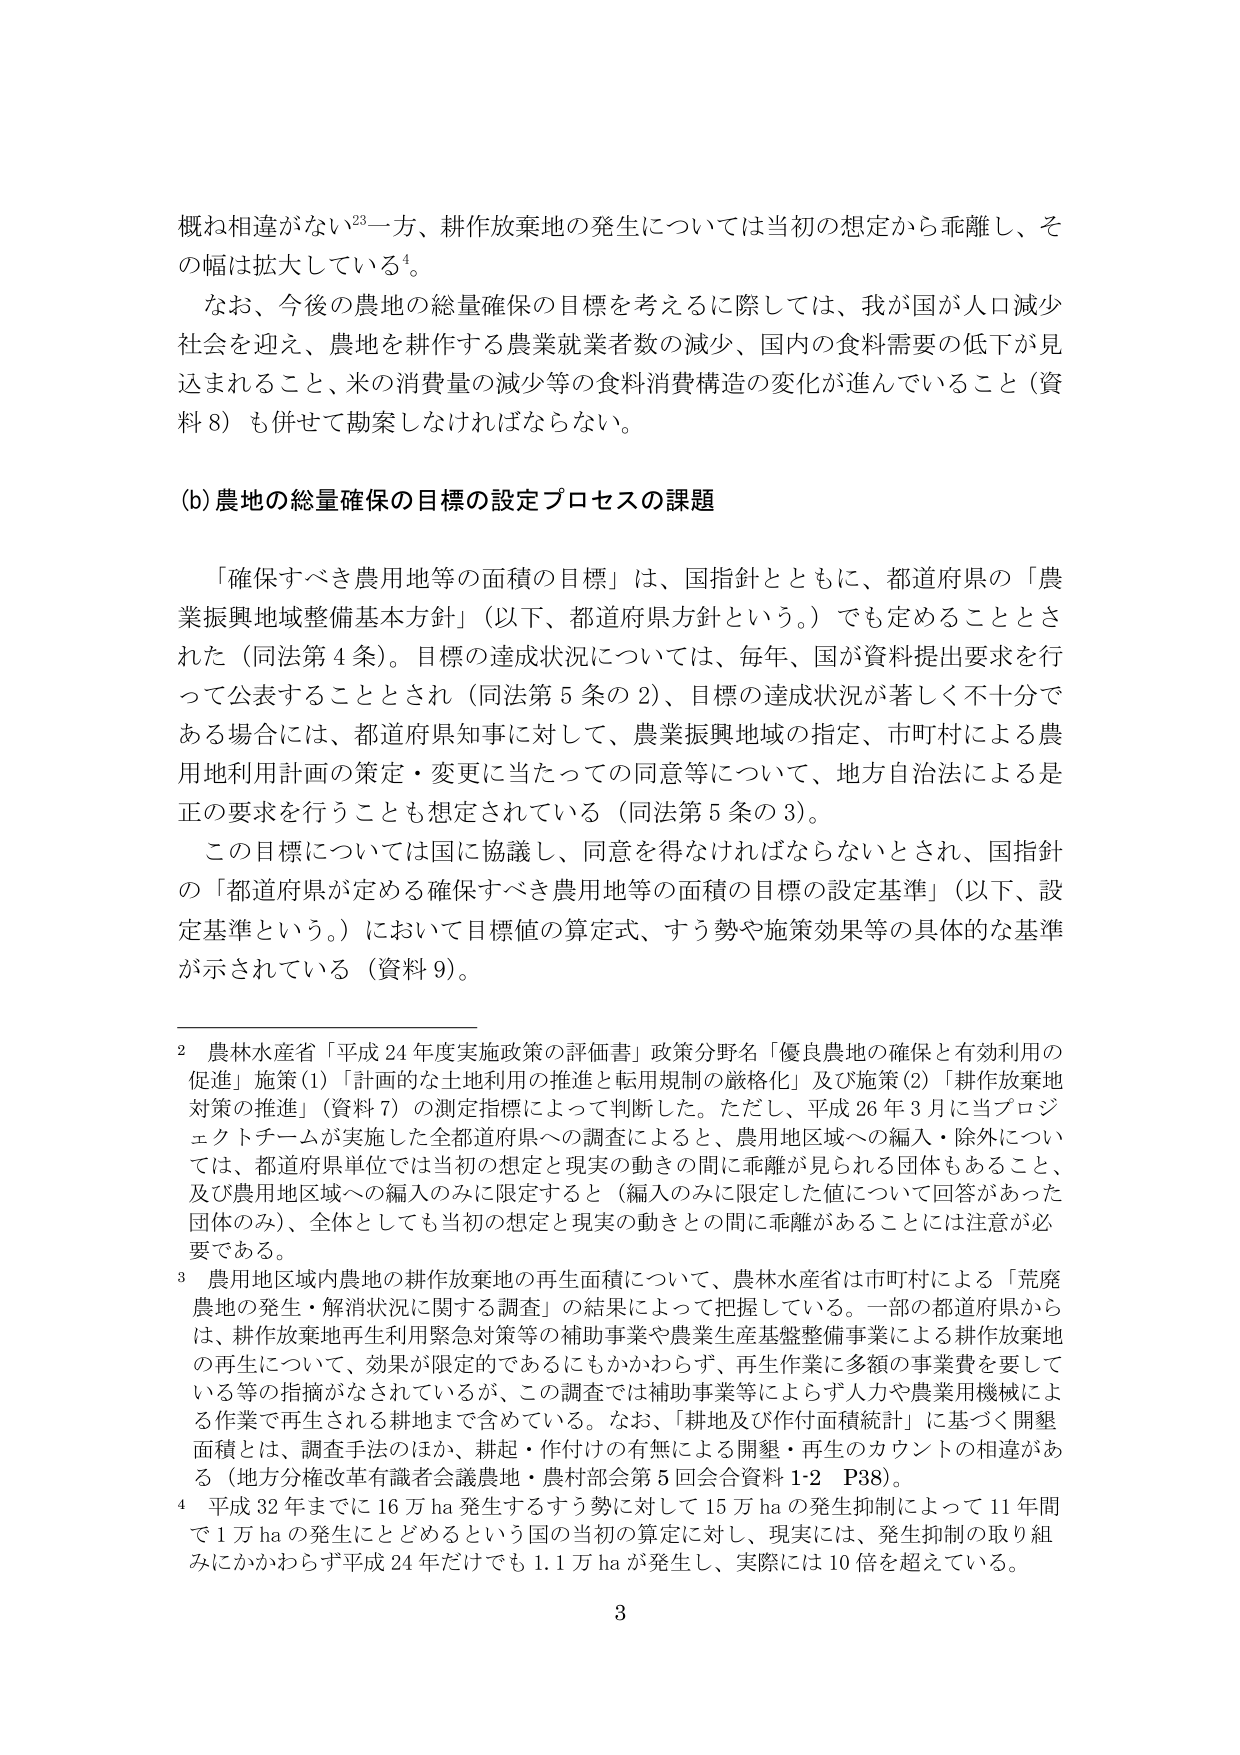
概ね相違がない²³一方、耕作放棄地の発生については当初の想定から乖離し、その幅は拡大している⁴。

なお、今後の農地の総量確保の目標を考えるに際しては、我が国が人口減少社会を迎え、農地を耕作する農業就業者数の減少、国内の食料需要の低下が見込まれること、米の消費量の減少等の食料消費構造の変化が進んでいること（資料8）も併せて勘案しなければならない。

(b) 農地の総量確保の目標の設定プロセスの課題

「確保すべき農用地等の面積の目標」は、国指針とともに、都道府県の「農業振興地域整備基本方針」（以下、都道府県方針という。）でも定めることとされた（同法第4条）。目標の達成状況については、毎年、国が資料提出要求を行って公表することとされ（同法第5条の2）、目標の達成状況が著しく不十分である場合には、都道府県知事に対して、農業振興地域の指定、市町村による農用地利用計画の策定・変更に当たっての同意等について、地方自治法による是正の要求を行うことも想定されている（同法第5条の3）。

この目標については国に協議し、同意を得なければならないとされ、国指針の「都道府県が定める確保すべき農用地等の面積の目標の設定基準」（以下、設定基準という。）において目標値の算定式、すう勢や施策効果等の具体的な基準が示されている（資料9）。

2 農林水産省「平成24年度実施政策の評価書」政策分野名「優良農地の確保と有効利用の促進」施策(1)「計画的な土地利用の推進と転用規制の厳格化」及び施策(2)「耕作放棄地対策の推進」（資料7）の測定指標によって判断した。ただし、平成26年3月に当プロジェクトチームが実施した全都道府県への調査によると、農用地区域への編入・除外については、都道府県単位では当初の想定と現実の動きの間に乖離が見られる団体もあること、及び農用地区域への編入のみに限定すると（編入のみに限定した値について回答があった団体のみ）、全体としても当初の想定と現実の動きとの間に乖離があることには注意が必要である。

3 農用地区域内農地の耕作放棄地の再生面積について、農林水産省は市町村による「荒廃農地の発生・解消状況に関する調査」の結果によって把握している。一部の都道府県からは、耕作放棄地再生利用緊急対策等の補助事業や農業生産基盤整備事業による耕作放棄地の再生について、効果が限定的であるにもかかわらず、再生作業に多額の事業費を要している等の指摘がなされているが、この調査では補助事業等によらず人力や農業用機械による作業で再生される耕地まで含めている。なお、「耕地及び作付面積統計」に基づく開墾面積とは、調査手法のほか、耕起・作付けの有無による開墾・再生のカウントの相違がある（地方分権改革有識者会議農地・農村部会第5回合資料1-2 P38）。

4 平成32年までに16万ha発生するすう勢に対して15万haの発生抑制によって11年間で1万haの発生にとどめるという国の当初の算定に対し、現実には、発生抑制の取り組みにかかわらず平成24年だけでも1.1万haが発生し、実際には10倍を超えている。

3